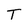
Character: T